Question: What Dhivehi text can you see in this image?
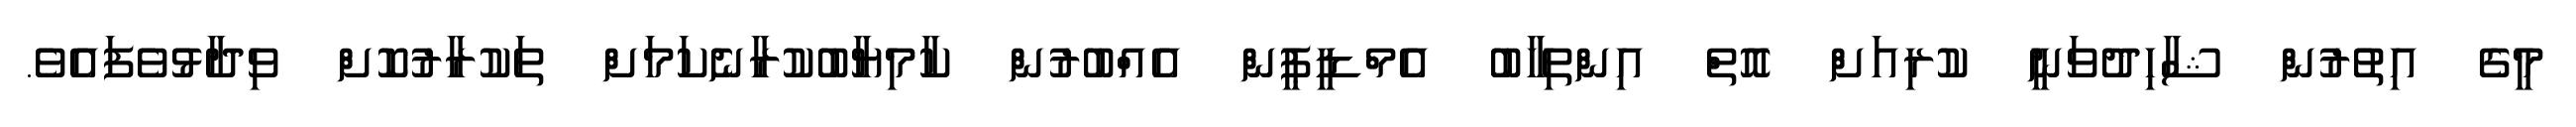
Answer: މީގެ އިތުރުން ޝާހިދުވަނީ ކުރިއަށް އޮތް އިންތިހާބު އެމްޑީޕީން އެއްބުރުން ކާމިޔާބުކުރާނެކަމަށް ތަކުރާރުކޮށް ވިދާޅުވެފައެވެ.